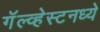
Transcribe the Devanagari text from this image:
गॅल्व्हेस्टनध्ये